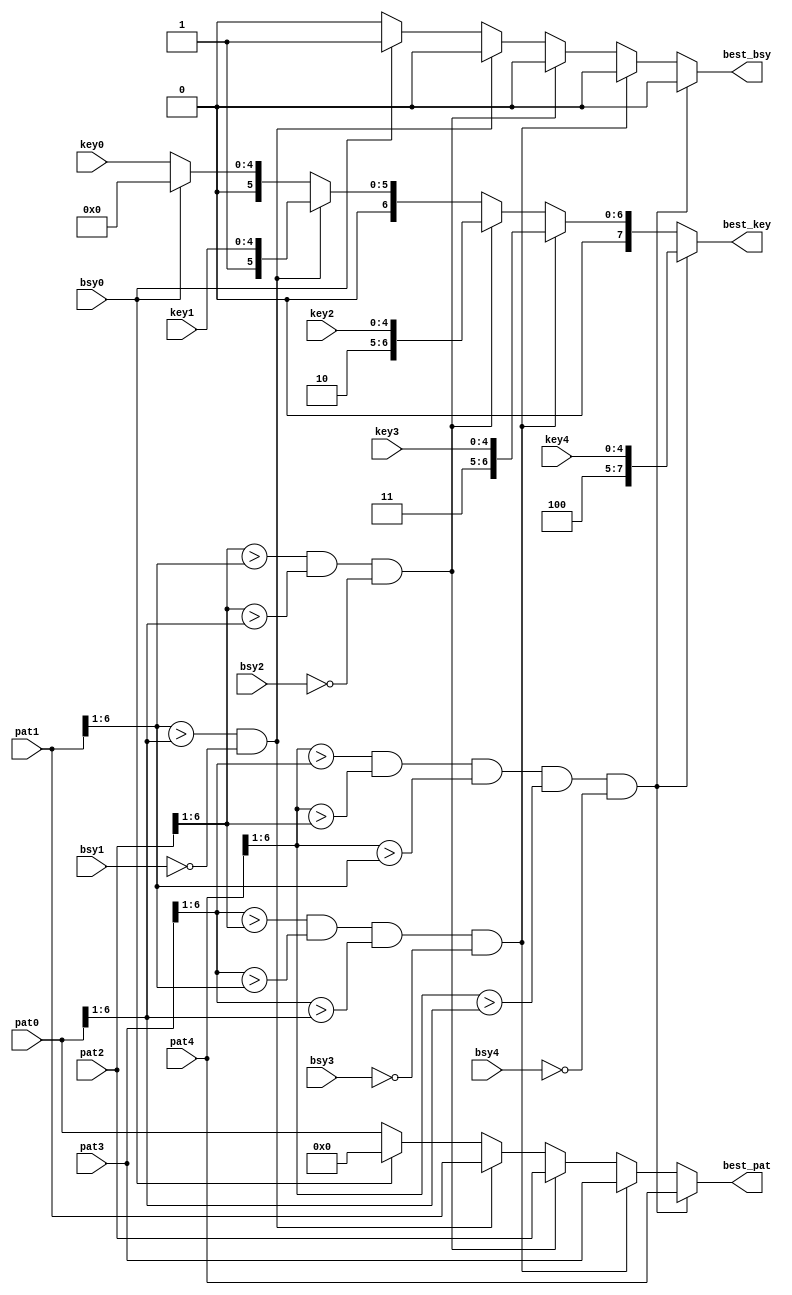
`timescale 1ns / 1ps
//-------------------------------------------------------------------------------------------------------------------
// Finds best 1 of 5 1/2-strip patterns comparing all patterns simultaneously
//
//	11/08/06 Initial
//	12/13/06 Non-busy version
//	12/20/06 Replace envelope hits with pattern ids
//	12/22/06 Sort based on 6-bit patterns instead of just number of hits
//	01/10/07 Increase pattern bits to 3 hits + 4 bends 
//	01/25/07 Add busy logic to best_1of5.v
//	05/08/07 Change pattern numbers 1-9 to 0-8 so lsb now implies bend direction, ignore lsb during sort
//	08/11/10 Port to ise 12
//-------------------------------------------------------------------------------------------------------------------
	module best_1of5_busy
	(
	pat0, pat1, pat2, pat3, pat4,
	key0, key1, key2, key3, key4,
	bsy0, bsy1, bsy2, bsy3, bsy4,
	best_pat,
	best_key,
	best_bsy
	);

// Constants
	parameter MXPATB		=	3+4;		// Pattern bits
	parameter MXKEYB		=	5;			// Number of 1/2-strip key bits on 1 CFEB
	parameter MXKEYBX		=	8;			// Number of 1/2-strip key bits

// Ports	
	input	[MXPATB-1:0]	pat0, pat1, pat2, pat3, pat4;
	input	[MXKEYB-1:0]	key0, key1, key2, key3, key4;
	input					bsy0, bsy1, bsy2, bsy3, bsy4;

	output	[MXPATB-1:0]	best_pat;
	output	[MXKEYBX-1:0]	best_key;
	output					best_bsy;

// Stage 3: Best 1 of 5
	reg	[MXPATB-1:0]	best_pat;
	reg	[MXKEYBX-1:0]	best_key;
	reg					best_bsy;

	always @* begin
	if 	   ((pat4[6:1] > pat3[6:1]) &&
			(pat4[6:1] > pat2[6:1]) &&
			(pat4[6:1] > pat1[6:1]) &&
			(pat4[6:1] > pat0[6:1]) && !bsy4)
			begin
			best_pat	= pat4;
			best_key	= {3'd4,key4};
			best_bsy	= 0;
			end

	else if((pat3[6:1] > pat2[6:1]) &&
			(pat3[6:1] > pat1[6:1]) &&
			(pat3[6:1] > pat0[6:1]) && !bsy3)
			begin
			best_pat	= pat3;
			best_key	= {3'd3,key3};
			best_bsy	= 0;
			end

	else if((pat2[6:1] > pat1[6:1]) &&
			(pat2[6:1] > pat0[6:1]) && !bsy2)
			begin
			best_pat	= pat2;
			best_key	= {3'd2,key2};
			best_bsy	= 0;
			end

	else if((pat1[6:1] > pat0[6:1]) && !bsy1)
			begin
			best_pat	= pat1;
			best_key	= {3'd1,key1};
			best_bsy	= 0;
			end

	else if (!bsy0)
			begin
			best_pat	= pat0;
			best_key	= {3'd0,key0};
			best_bsy	= 0;
			end
			
	else	begin
			best_pat	= 0;
			best_key	= 0;
			best_bsy	= 1;
			end
	end

	endmodule